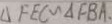
\Delta F E C \sim \Delta F B A .